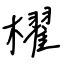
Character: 櫂